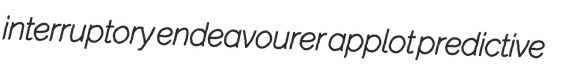
interruptory endeavourer applot predictive